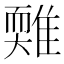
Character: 𩀋